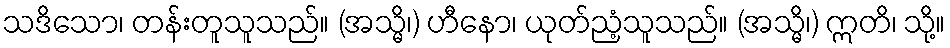
သဒိသော၊ တန်းတူသူသည်။ (အသ္မိ၊) ဟီနော၊ ယုတ်ညံ့သူသည်။ (အသ္မိ၊) ဣတိ၊ သို့။